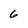
Character: 6